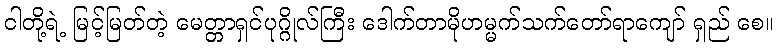
ငါတို့ရဲ့ မြင့်မြတ်တဲ့ မေတ္တာရှင်ပုဂ္ဂိုလ်ကြီး ဒေါက်တာမိုဟမ္မက်သက်တော်ရာကျော် ရှည် စေ။